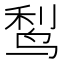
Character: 𬸎